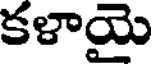
కళాయై